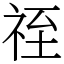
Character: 祬